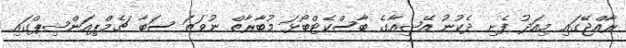
ރާއްޖޭގައި މިއަދު ފެށި ދެކުނު އޭޝިއާގެ ބާސްކެޓްބޯޅަ މުބާރާތް ނުވަތަ ސަބާ ޗެމްޕިއަންޝިޕްގައި